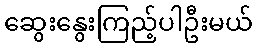
ဆွေးနွေးကြည့်ပါဦးမယ်